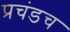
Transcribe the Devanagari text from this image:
प्रचंडच